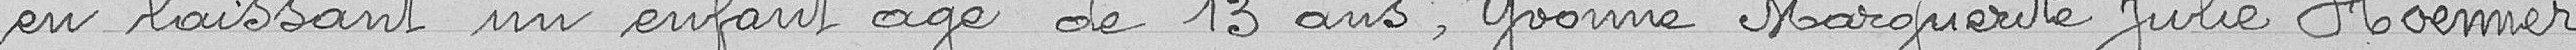
en laissant un enfant âgé de 13 ans, Yvonne Marguerite Julie Hoenner